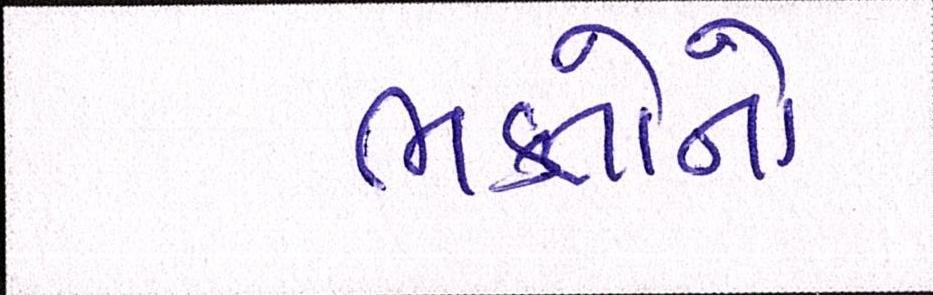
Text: ભક્તોનો